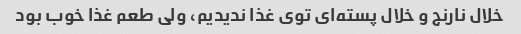
خلال نارنج و خلال پسته‌ای توی غذا ندیدیم، ولی طعم غذا خوب بود